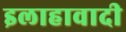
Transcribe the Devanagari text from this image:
इलाहावादी